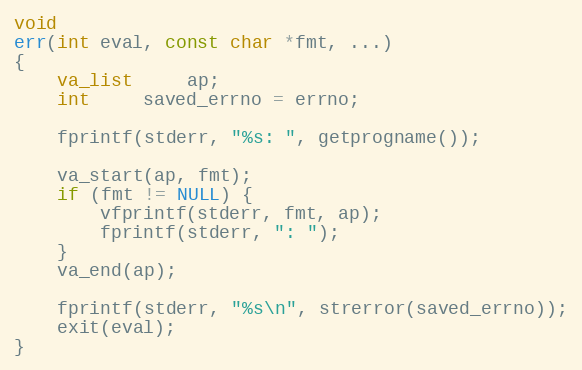
Language: C
void
err(int eval, const char *fmt, ...)
{
	va_list	 ap;
	int	 saved_errno = errno;

	fprintf(stderr, "%s: ", getprogname());

	va_start(ap, fmt);
	if (fmt != NULL) {
		vfprintf(stderr, fmt, ap);
		fprintf(stderr, ": ");
	}
	va_end(ap);

	fprintf(stderr, "%s\n", strerror(saved_errno));
	exit(eval);
}